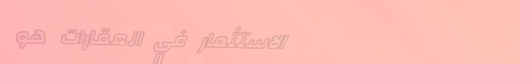
الاستثمار في العقارات هو